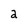
Character: 2